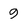
Character: 9